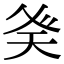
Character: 𭼾